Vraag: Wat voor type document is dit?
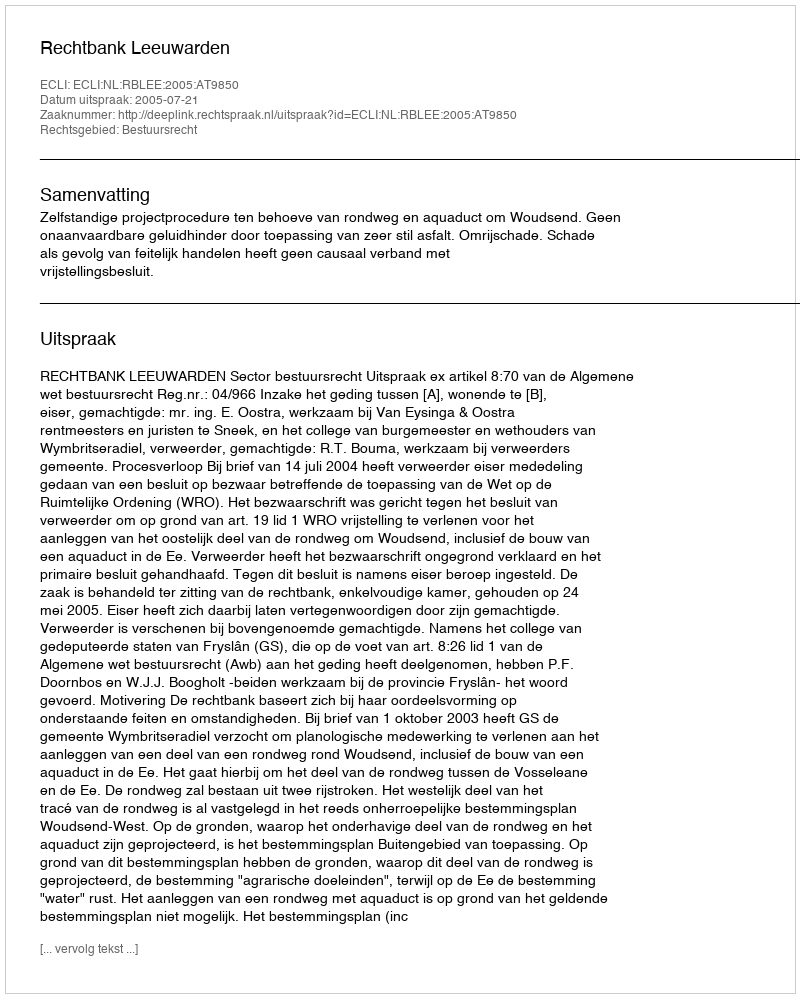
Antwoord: Uitspraak